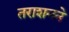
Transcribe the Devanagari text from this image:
तराशनने